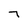
Character: 7